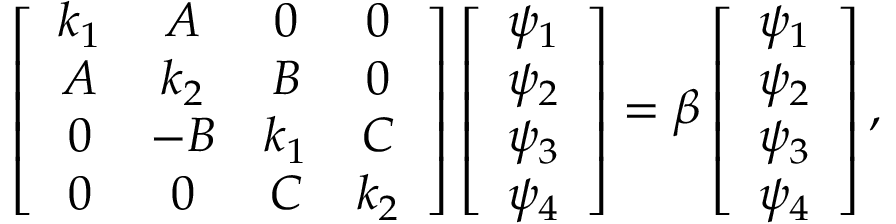
\left[ \begin{array} { c c c c } { k _ { 1 } } & { A } & { 0 } & { 0 } \\ { A } & { k _ { 2 } } & { B } & { 0 } \\ { 0 } & { - B } & { k _ { 1 } } & { C } \\ { 0 } & { 0 } & { C } & { k _ { 2 } } \end{array} \right] \left[ \begin{array} { c c c c } { \psi _ { 1 } } \\ { \psi _ { 2 } } \\ { \psi _ { 3 } } \\ { \psi _ { 4 } } \end{array} \right] = \beta \left[ \begin{array} { c c c c } { \psi _ { 1 } } \\ { \psi _ { 2 } } \\ { \psi _ { 3 } } \\ { \psi _ { 4 } } \end{array} \right] ,